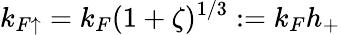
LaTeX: k_{F\mathord{\uparrow}}=k_{F}(1+\zeta)^{1/3}:=k_{F}h_{+}